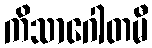
ကိသာဂေါတမီ